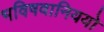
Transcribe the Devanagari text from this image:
भविषवानिययो